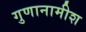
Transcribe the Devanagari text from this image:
गुणानामीश